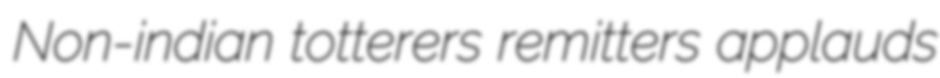
Non-indian totterers remitters applauds